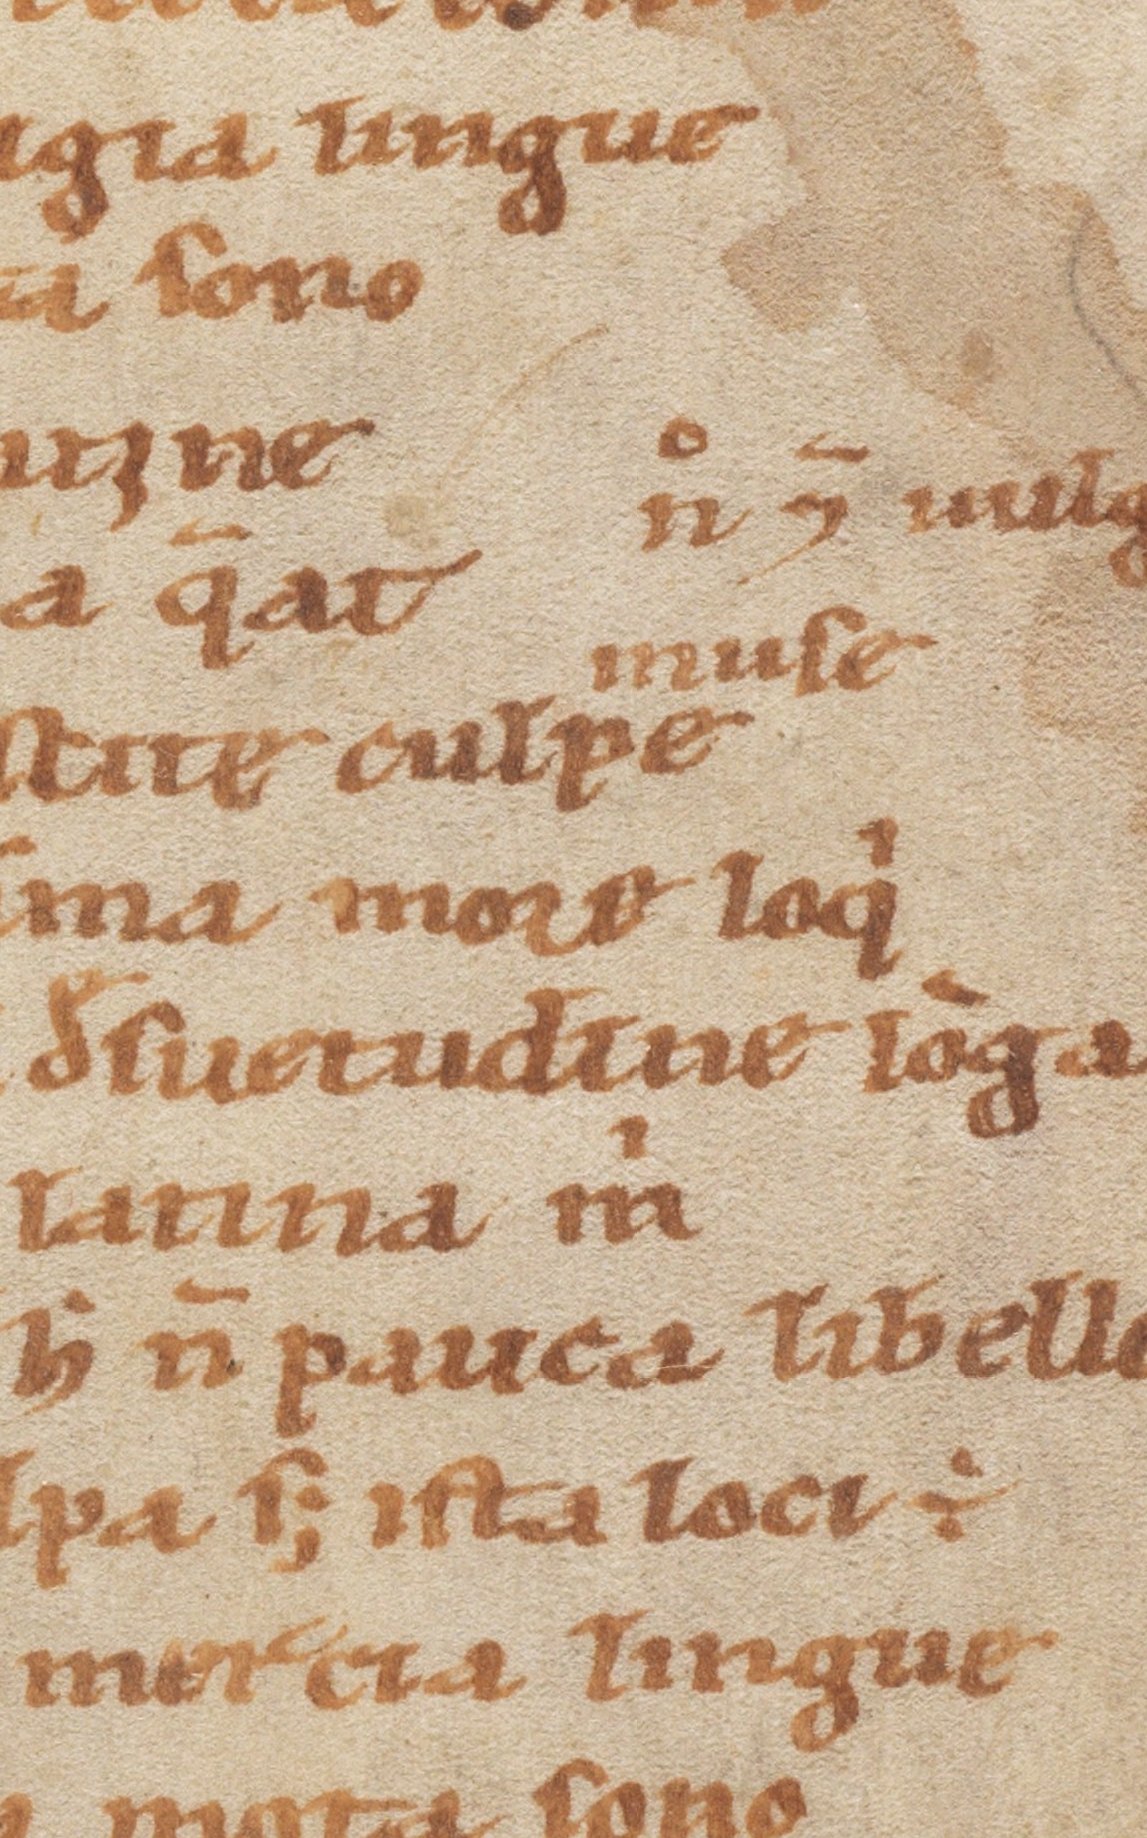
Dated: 1100–1199